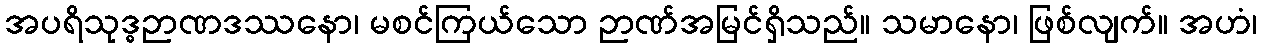
အပရိသုဒ္ဓဉာဏဒဿနော၊ မစင်ကြယ်သော ဉာဏ်အမြင်ရှိသည်။ သမာနော၊ ဖြစ်လျက်။ အဟံ၊